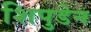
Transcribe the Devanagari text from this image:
शिपुडेन